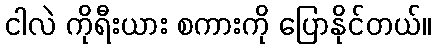
ငါလဲ ကိုရီးယား စကားကို ပြောနိုင်တယ်။